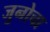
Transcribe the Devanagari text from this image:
जुनोचा